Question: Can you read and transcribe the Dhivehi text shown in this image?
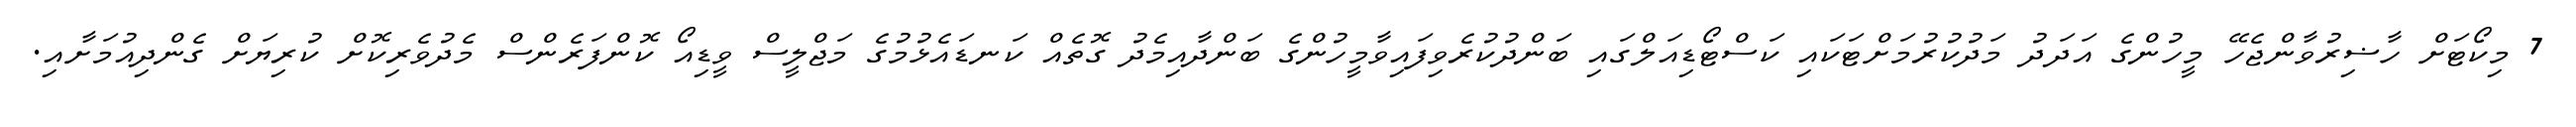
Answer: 7 މިކޯޓަށް ހާޟިރުވާންޖެހޭ މީހުންގެ އަދަދު މަދުކުރުމަށްޓަކައި ކަސްޓޯޑިއަލްގައި ބަންދުކުރެވިފައިވާމީހުންގެ ބަންދާއިމެދު ގޮތެއް ކަނޑައެޅުމުގެ މަޖްލީސް ވީޑިއޯ ކޮންފަރެންސް މެދުވެރިކޮށް ކުރިޔަށް ގެންދިއުމަށާއި.